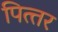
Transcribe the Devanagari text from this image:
पित्त्तर